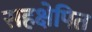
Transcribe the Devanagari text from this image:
सहक्षेपित